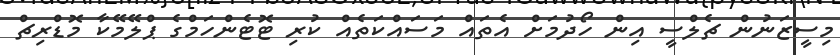
މިސީޒަނުން ޗެލްސީ އިން ހޯދުމަށް އެތައް މަސައްކަތެއް ކުރި ޓޮޓެންހަމްގެ ޕްލޭމޭކާ މޮޑްރިޗް